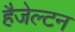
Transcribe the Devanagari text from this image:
हैजेल्टन